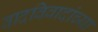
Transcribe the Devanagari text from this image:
वादविवादांच्या